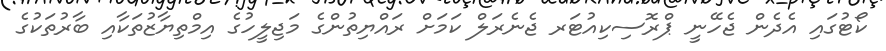
ކޯޓުގައި އެދެން ޖެހޭނީ ޕްރޮސިކިއުޓަރ ޖެނެރަލް ކަމަށް ރައްޔިތުންގެ މަޖިލީހުގެ އިމްތިޔާޒުތަކާއި ބާރުތަކުގެ